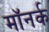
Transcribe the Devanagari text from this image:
मॉनर्क